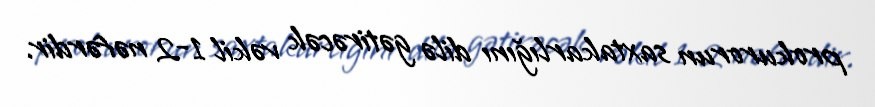
prokurorun saxtakarlığını dilə gətirəcək vəkil 1-2 nəfərdir.